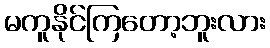
မကူနိုင်ကြတော့ဘူးလား